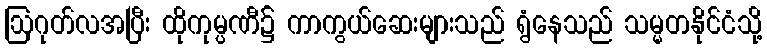
ဩဂုတ်လအပြီး ထိုကုမ္ပဏီ၌ ကာကွယ်ဆေးများသည် ရွံနေသည် သမ္မတနိုင်ငံသို့